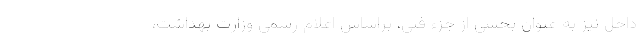
داخل نیز به عنوان بخشی از جزء فنی، براساس اعلام رسمی وزارت بهداشت،